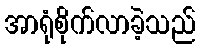
အာရုံစိုက်လာခဲ့သည်